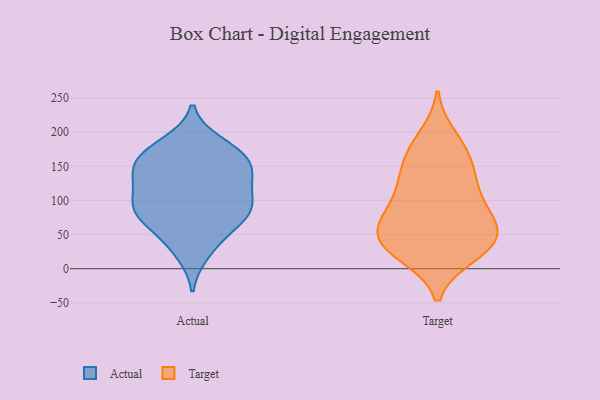
{"axis": {"x": "Energy Usage (MWh)", "y": "Value"}, "legend": ["Actual", "Target"], "data": [{"x": "", "y": 106, "type": "Actual"}, {"x": "", "y": 64, "type": "Actual"}, {"x": "", "y": 79, "type": "Actual"}, {"x": "", "y": 80, "type": "Actual"}, {"x": "", "y": 151, "type": "Actual"}, {"x": "", "y": 88, "type": "Actual"}, {"x": "", "y": 92, "type": "Actual"}, {"x": "", "y": 183, "type": "Actual"}, {"x": "", "y": 133, "type": "Actual"}, {"x": "", "y": 85, "type": "Actual"}, {"x": "", "y": 168, "type": "Actual"}, {"x": "", "y": 169, "type": "Actual"}, {"x": "", "y": 40, "type": "Actual"}, {"x": "", "y": 144, "type": "Actual"}, {"x": "", "y": 170, "type": "Actual"}, {"x": "", "y": 23, "type": "Actual"}, {"x": "", "y": 138, "type": "Actual"}, {"x": "", "y": 123, "type": "Actual"}, {"x": "", "y": 140, "type": "Target"}, {"x": "", "y": 20, "type": "Target"}, {"x": "", "y": 37, "type": "Target"}, {"x": "", "y": 25, "type": "Target"}, {"x": "", "y": 139, "type": "Target"}, {"x": "", "y": 39, "type": "Target"}, {"x": "", "y": 51, "type": "Target"}, {"x": "", "y": 53, "type": "Target"}, {"x": "", "y": 69, "type": "Target"}, {"x": "", "y": 172, "type": "Target"}, {"x": "", "y": 26, "type": "Target"}, {"x": "", "y": 173, "type": "Target"}, {"x": "", "y": 193, "type": "Target"}, {"x": "", "y": 111, "type": "Target"}, {"x": "", "y": 68, "type": "Target"}, {"x": "", "y": 87, "type": "Target"}, {"x": "", "y": 80, "type": "Target"}, {"x": "", "y": 123, "type": "Target"}]}